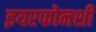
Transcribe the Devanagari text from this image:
इयरफोनशी